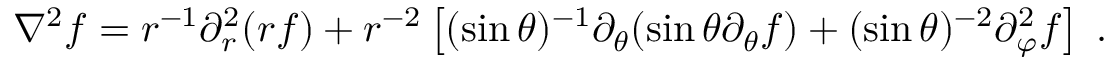
\nabla ^ { 2 } f = r ^ { - 1 } \partial _ { r } ^ { 2 } ( r f ) + r ^ { - 2 } \left[ ( \sin \theta ) ^ { - 1 } \partial _ { \theta } ( \sin \theta \partial _ { \theta } f ) + ( \sin \theta ) ^ { - 2 } \partial _ { \varphi } ^ { 2 } f \right] \; .